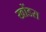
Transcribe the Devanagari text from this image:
खोंडरा